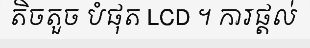
តិចតួច បំផុត LCD ។ ការផ្តល់